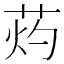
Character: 䓎